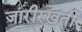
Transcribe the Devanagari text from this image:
जारीरखती